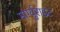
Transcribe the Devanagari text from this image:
मार्ग्युराइट